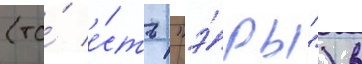
(то́ е́сть "э́ры") в